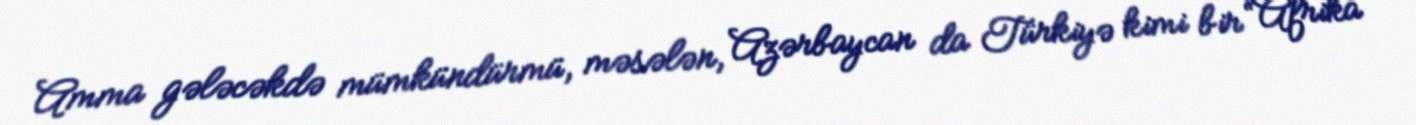
Amma gələcəkdə mümkündürmü, məsələn, Azərbaycan da Türkiyə kimi bir “Afrika